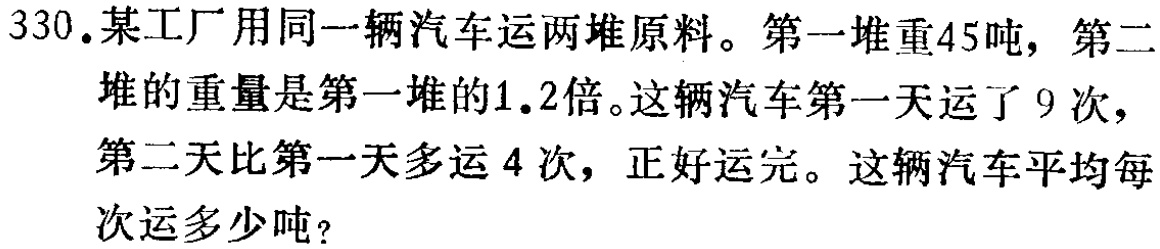
330.某工厂用同一辆汽车运两堆原料。第一堆重45吨，第二堆的重量是第一堆的1.2倍。这辆汽车第一天运了9次，第二天比第一天多运4次，正好运完。这辆汽车平均每次运多少吨？